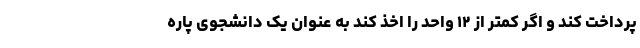
پرداخت کند و اگر کمتر از ۱۲ واحد را اخذ کند به عنوان یک دانشجوی پاره